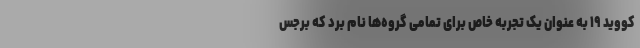
کووید ۱۹ به عنوان یک تجربه خاص برای تمامی گروه‌ها نام برد که برجس